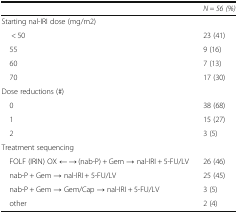
<table><thead><tr><td></td><td><b><i>N = 56 (%)</i></b></td></tr></thead><tbody><tr><td colspan="2">Starting nal-IRI dose (mg/m2)</td></tr><tr><td>&lt; 50</td><td>23 (41)</td></tr><tr><td> 55</td><td>9 (16)</td></tr><tr><td> 60</td><td>7 (13)</td></tr><tr><td> 70</td><td>17 (30)</td></tr><tr><td colspan="2">Dose reductions (#)</td></tr><tr><td> 0</td><td>38 (68)</td></tr><tr><td> 1</td><td>15 (27)</td></tr><tr><td> 2</td><td>3 (5)</td></tr><tr><td colspan="2">Treatment sequencing</td></tr><tr><td> FOLF (IRIN) OX ← → (nab-P) + Gem → nal-IRI + 5-FU/LV</td><td>26 (46)</td></tr><tr><td> nab-P + Gem → nal-IRI + 5-FU/LV</td><td>25 (45)</td></tr><tr><td> nab-P + Gem → Gem/Cap → nal-IRI + 5-FU/LV</td><td>3 (5)</td></tr><tr><td> other</td><td>2 (4)</td></tr></tbody></table>